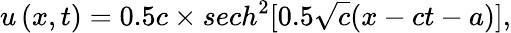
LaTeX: u\left(x,t\right)=0.5c\times{sech}^{2}[0.5\sqrt c(x-ct-a)],